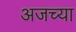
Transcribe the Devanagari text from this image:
अजच्या